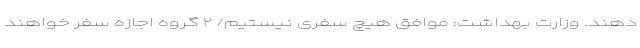
دهند. وزارت بهداشت: موافق هیچ سفری نیستیم/ ۲ گروه اجازه سفر خواهند